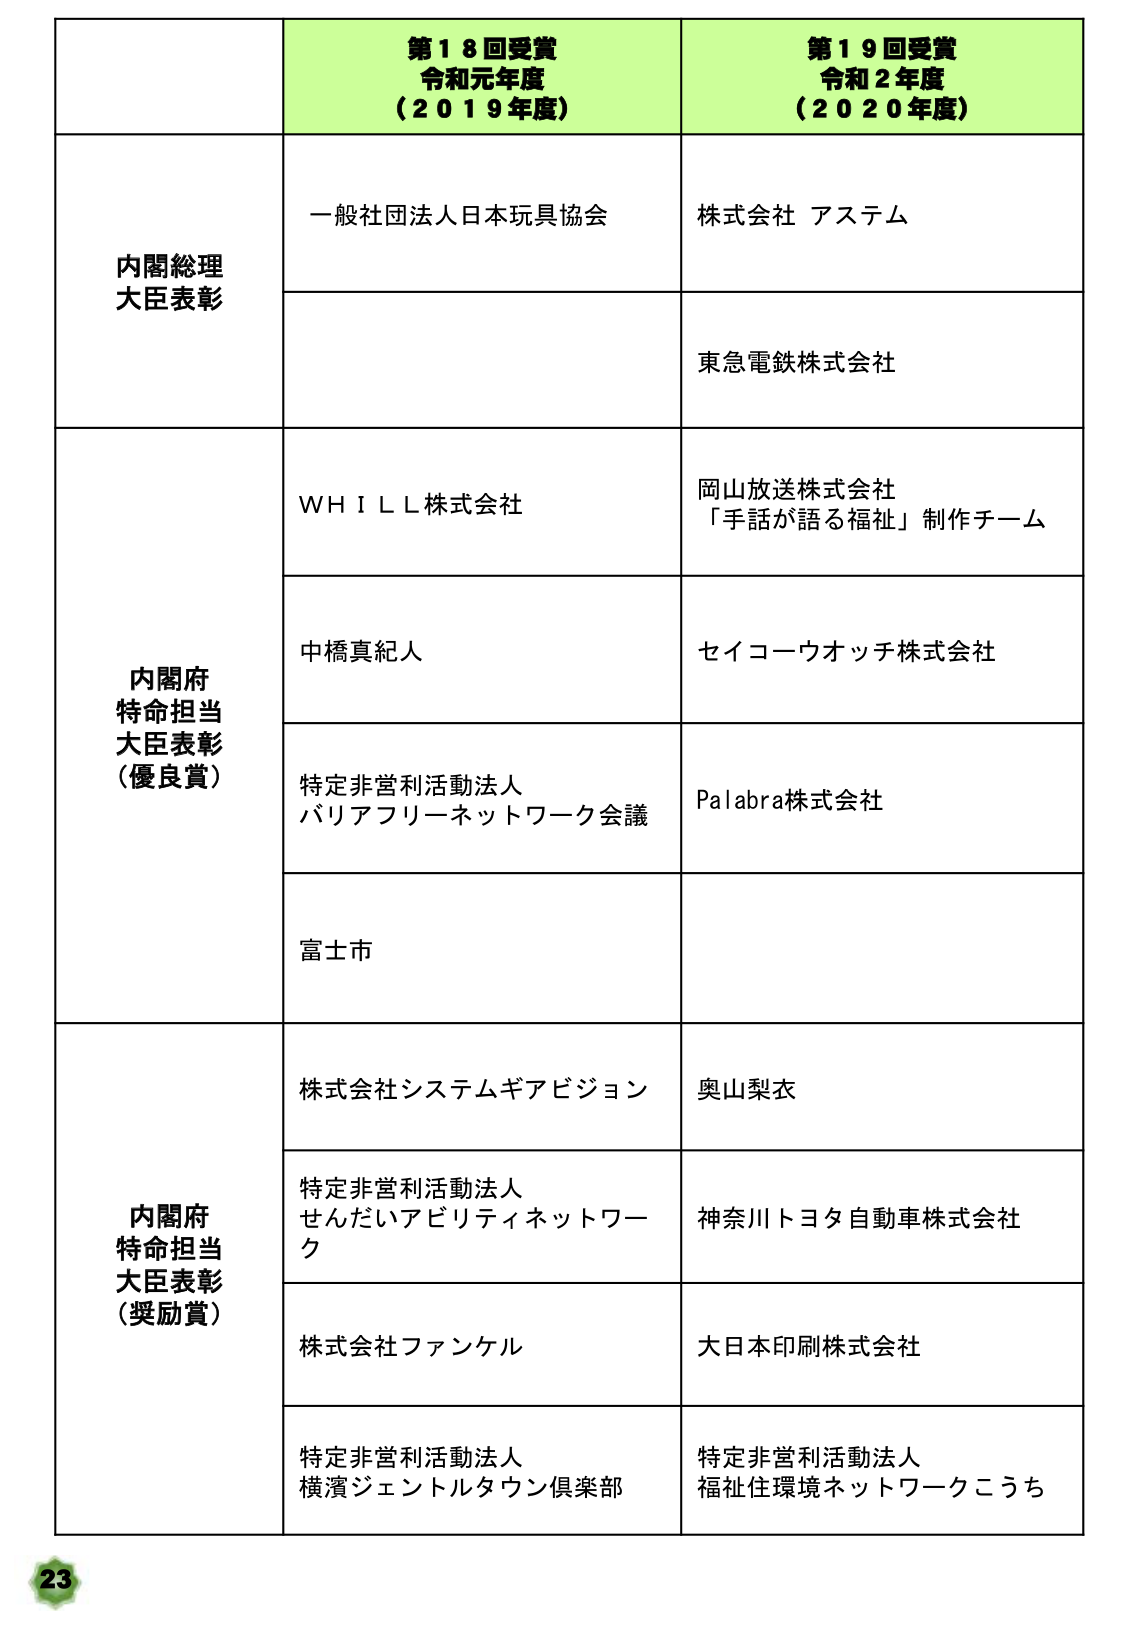
第１８回受賞
令和元年度
（２０１９年度）

第１９回受賞
令和２年度
（２０２０年度）

内閣総理大臣表彰
一般社団法人日本玩具協会
株式会社 アステム
東急電鉄株式会社

内閣府特命担当大臣表彰（優良賞）
ＷＨＩＬＬ株式会社
岡山放送株式会社
「手話が語る福祉」制作チーム
中橋真紀人
セイコーウオッチ株式会社
特定非営利活動法人
バリアフリーネットワーク会議
Ｐａｌａｂｒａ株式会社
富士市

内閣府特命担当大臣表彰（奨励賞）
株式会社システムギアビジョン
奥山梨衣
特定非営利活動法人
せんだいアビリティネットワーク
神奈川トヨタ自動車株式会社
株式会社ファンケル
大日本印刷株式会社
特定非営利活動法人
横濱ジェントルタウン倶楽部
特定非営利活動法人
福祉住環境ネットワークこうち

23